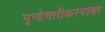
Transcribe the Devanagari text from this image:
गुन्हेगारीकरनावर